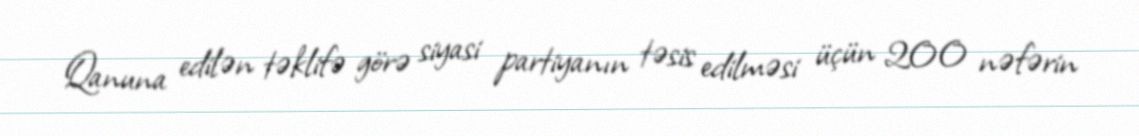
Qanuna edilən təklifə görə siyasi partiyanın təsis edilməsi üçün 200 nəfərin